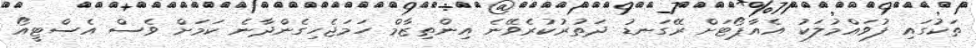
ތަކުގައި ފުވައްމުލަކު އެއާޕޯޓަށް ރޭގަނޑު ދަތުރުކުރެވޭނެ އިންތިޒާމް ހަމަޖެހިގެންދާނެ ކަމަށް ވެސް އެސްޓީއޯ